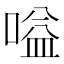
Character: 嗌